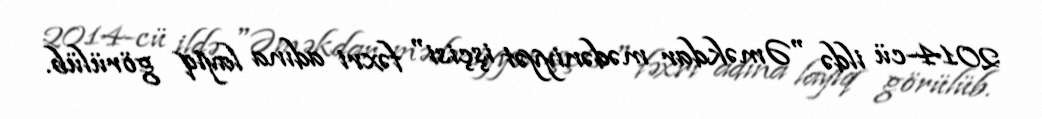
2014-cü ildə "Əməkdar mədəniyyət işçisi" fəxri adına layiq görülüb.